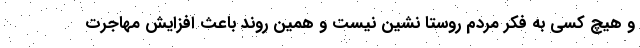
و هیچ کسی به فکر مردم روستا نشین نیست و همین روند باعث افزایش مهاجرت